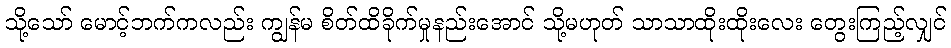
သို့သော် မောင့်ဘက်ကလည်း ကျွန်မ စိတ်ထိခိုက်မှုနည်းအောင် သို့မဟုတ် သာသာထိုးထိုးလေး တွေးကြည့်လျှင်